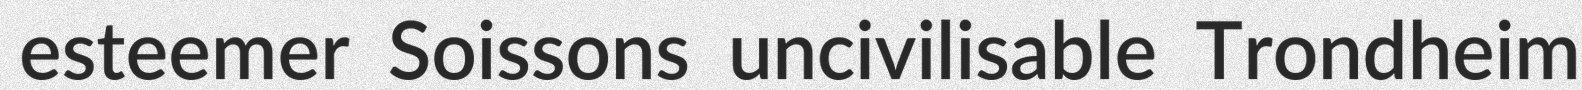
esteemer Soissons uncivilisable Trondheim